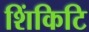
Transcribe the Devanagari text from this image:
शिंकिटि